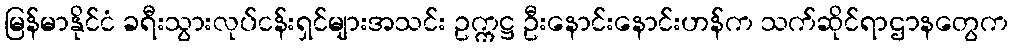
မြန်မာနိုင်ငံ ခရီးသွားလုပ်ငန်းရှင်များအသင်း ဥက္ကဋ္ဌ ဦးနောင်းနောင်းဟန်က သက်ဆိုင်ရာဌာနတွေက